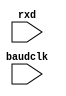
module uart_rx (input baudclk, input rxd);
   reg [8:0] sr = 9'b0;
   reg [3:0]  baud_ctr = 4'b0;

   /*
   wire       byteclk = baud_ctr[3];
   reg 	      rxd_d1 = 0;
   always @(posedge baudclk)
     rxd_d1 <= rxd;
   
   always @(posedge baudclk)
     if(rxd_d1 != rxd)
       baud_ctr <= 0;
     else
       baud_ctr <= baud_ctr + 1;
*/

   wire       byteclk = baudclk;
   
   always @(posedge byteclk)
     sr <= { rxd, sr[8:1] };

   reg [3:0]  state = 0;
   always @(posedge byteclk)
     case(state)
       0 : 
	 if(~sr[8] & sr[7])  // found start bit
	   state  <= 1;
       1, 2, 3, 4, 5, 6, 7, 8 :
	 state <= state + 1;
       9 : 
	 begin
	    state <= 0;
	    $write("%c",sr[7:0]);
	    if(~sr[8])
	      $display("Error, no stop bit\n");
	 end
       default :
	 state <= 0;
     endcase // case(state)

endmodule